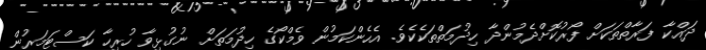
ދައްކާ ފަރާތްތަކަށް ފޯރުކޮށްދެމުންދާ ހިދުމަތްތަކެކެވެ. އެހެންކަމުން ވެމްކޯގެ ހިދުމަތަށް ނުގުޅިވާ ހުރިހާ ކަސްޓަމަރުން